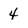
Character: 4